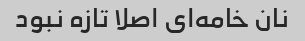
نان خامه‌ای اصلا تازه نبود